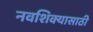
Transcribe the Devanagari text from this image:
नवशिक्यासाठी